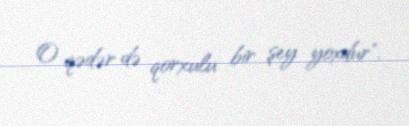
O qədər də qorxulu bir şey yoxdur".